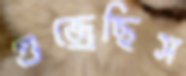
গুজ্‌রেছিস